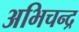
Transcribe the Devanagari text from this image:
अभिचन्द्र